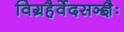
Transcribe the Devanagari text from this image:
विग्रहैर्वेदसञ्ज्ञैः